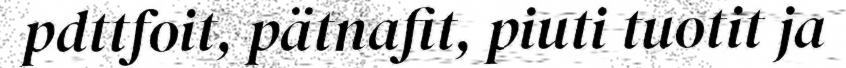
pdttfoit, pätnafit, piuti tuotit ja